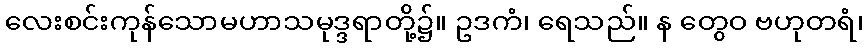
လေးစင်းကုန်သောမဟာသမုဒ္ဒရာတို့၌။ ဥဒကံ၊ ရေသည်။ န တွေဝ ဗဟုတရံ၊